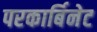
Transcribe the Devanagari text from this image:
परकार्बिनेट